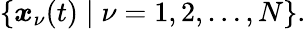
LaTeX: \{ \boldsymbol{x}_{\nu}(t)\mid\nu=1,2,\ldots,N\} .